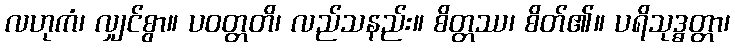
လဟုကံ၊ လျှင်စွာ။ ပဝတ္တတိ၊ လည်သနည်း။ စိတ္တဿ၊ စိတ်၏။ ပရိသုဒ္ဓတ္တာ၊